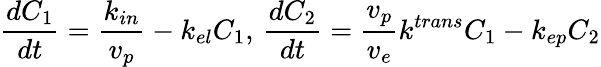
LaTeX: \frac{dC_{1}}{dt}=\frac{k_{in}}{v_{p}}-k_{el}C_{1},\, \frac{dC_{2}}{dt}=\frac{v_{p}}{v_{e}}k^{trans}C_{1}-k_{ep}C_{2}